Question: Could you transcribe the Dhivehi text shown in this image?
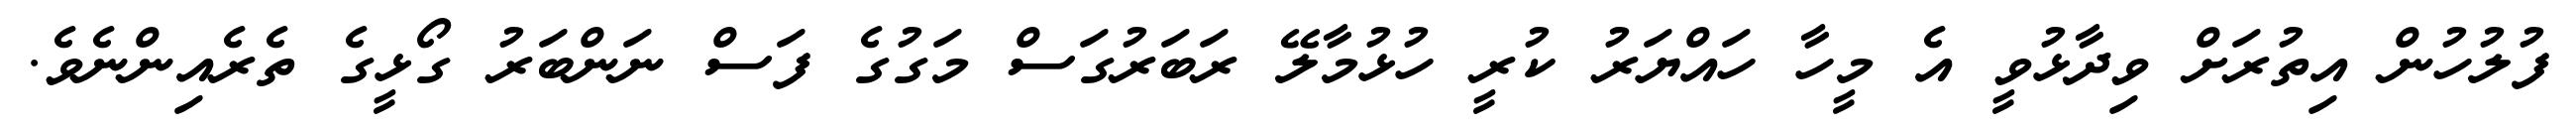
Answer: ފުލުހުން އިތުރަށް ވިދާޅުވީ އެ މީހާ ހައްޔަރު ކުރީ ހުޅުމާލޭ ރަބަރުގަސް މަގުގެ ފަސް ނަންބަރު ގޯޅީގެ ތެރެއިންނެވެ.